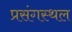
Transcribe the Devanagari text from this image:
प्रसंगस्थल